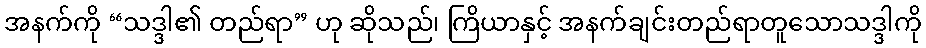
အနက်ကို “သဒ္ဒါ၏ တည်ရာ” ဟု ဆိုသည်၊ ကြိယာနှင့် အနက်ချင်းတည်ရာတူသောသဒ္ဒါကို